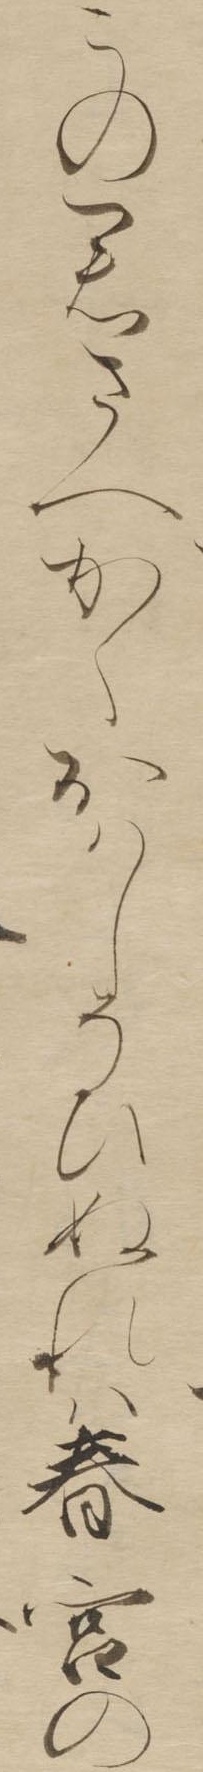
この君さへかくおはしそひぬれは春宮の